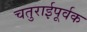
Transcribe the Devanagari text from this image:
चतुराईपूर्वक